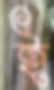
ই